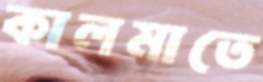
কালমাতে